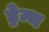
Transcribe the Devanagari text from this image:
ड्रेन्थ